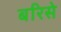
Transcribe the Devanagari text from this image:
बरिसे